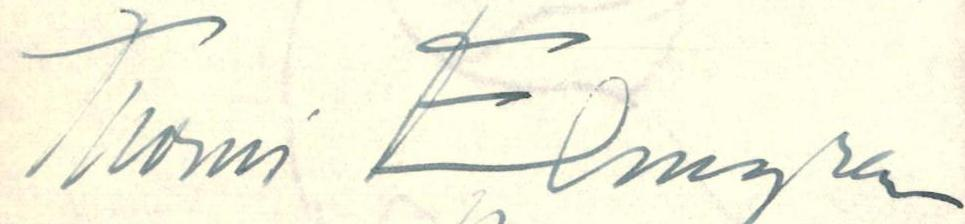
Tuomi Elmgren